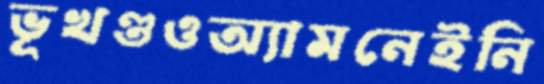
ভূখণ্ডওঅ্যামনেইনি